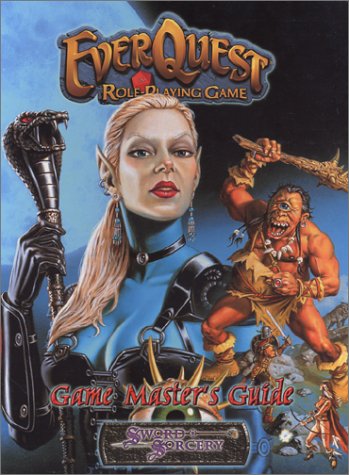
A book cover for Everquest Game Masters Guide (EverQuest Role Playing Game); Sword and Sorcery Studio; Science Fiction & Fantasy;